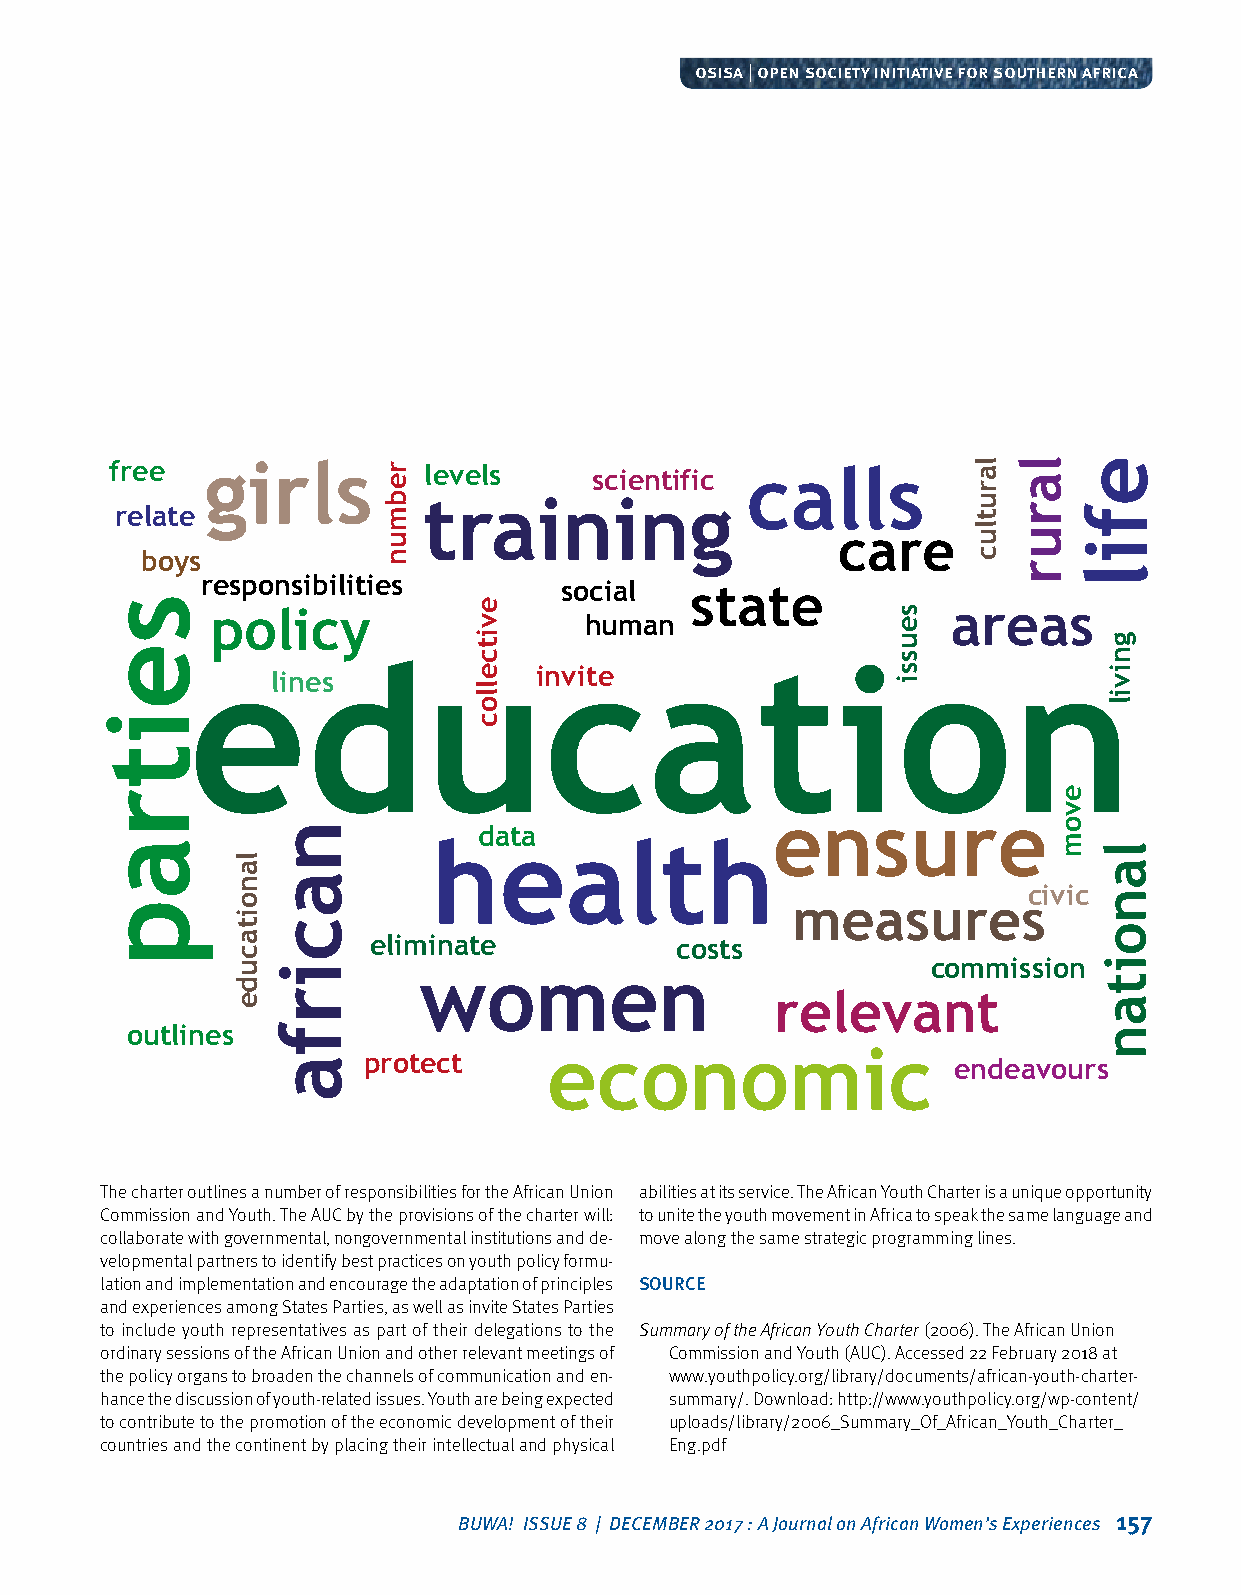
osisa | open society initiative for southern africa
 free   girls         levels     scientific calls
 training
 relate
 care
 boys
 responsibilities
 social   state
 policy                                           areas
 human
 eduicnvite                    ation
 lines
 ensure
 data
 health
 civic
 measures
 eliminate            costs
 commission
 women
 relevant
 outlines
 protect     economic
 endeavours
 The charter outlines a number of responsibilities for the African Union abilities at its service. The African Youth Charter is a unique opportunity
 Commission and Youth. The AUC by the provisions of the charter will: to unite the youth movement in Africa to speak the same language and
 collaborate with governmental, nongovernmental institutions and de‑ move along the same strategic programming lines.
 velopmental partners to identify best practices on youth policy formu‑
 lation and implementation and encourage the adaptation of principles SOURCE
 and experiences among States Parties, as well as invite States Parties
 to include youth representatives as part of their delegations to the Summary of the African Youth Charter (2006). The African Union
 ordinary sessions of the African Union and other relevant meetings of Commission and Youth (AUC). Accessed 22 February 2018 at
 the policy organs to broaden the channels of communication and en‑ www.youthpolicy.org/library/documents/african‑youth‑charter‑
 hance the discussion of youth‑related issues. Youth are being expected summary/. Download: http://www.youthpolicy.org/wp‑content/
 to contribute to the promotion of the economic development of their uploads/library/2006_Summary_Of_African_Youth_Charter_
 countries and the continent by placing their intellectual and physical Eng.pdf
 BUWA! ISSUE 8 | DECEMBER 2017 : A Journal on African Women’s Experiences 157
 seitrap
 lanoitacude
 nacirfa
 rebmun
 evitcelloc
 seussi
 larutluc larur
 evom
 efil
 gnivil
 lanoitan